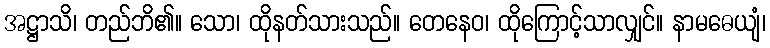
အဋ္ဌာသိ၊ တည်ဘိ၏။ သော၊ ထိုနတ်သားသည်။ တေနေဝ၊ ထိုကြောင့်သာလျှင်။ နာမဓေယျံ၊